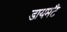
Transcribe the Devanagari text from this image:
डायमॅंट